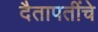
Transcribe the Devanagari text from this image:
दैतापतींचे